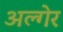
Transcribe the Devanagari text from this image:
अल्गेर